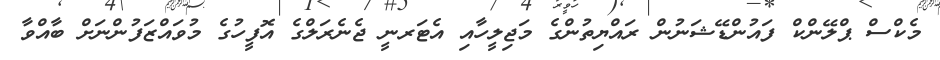
މެކްސް ޕްލޭންކް ފައުންޑޭޝަނުން ރައްޔިތުންގެ މަޖިލީހާއި އެޓަރނީ ޖެނެރަލްގެ އޮފީހުގެ މުވައްޒަފުންނަށް ބާއްވާ